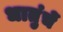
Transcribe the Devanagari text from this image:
धातुंचें